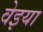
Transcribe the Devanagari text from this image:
वेइया